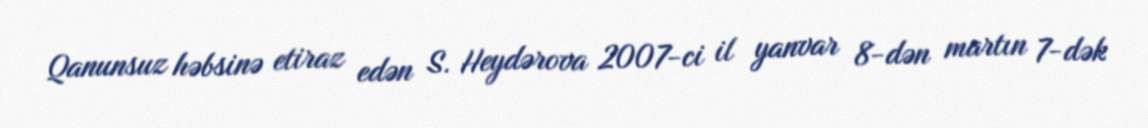
Qanunsuz həbsinə etiraz edən S. Heydərova 2007-ci il yanvar 8-dən martın 7-dək